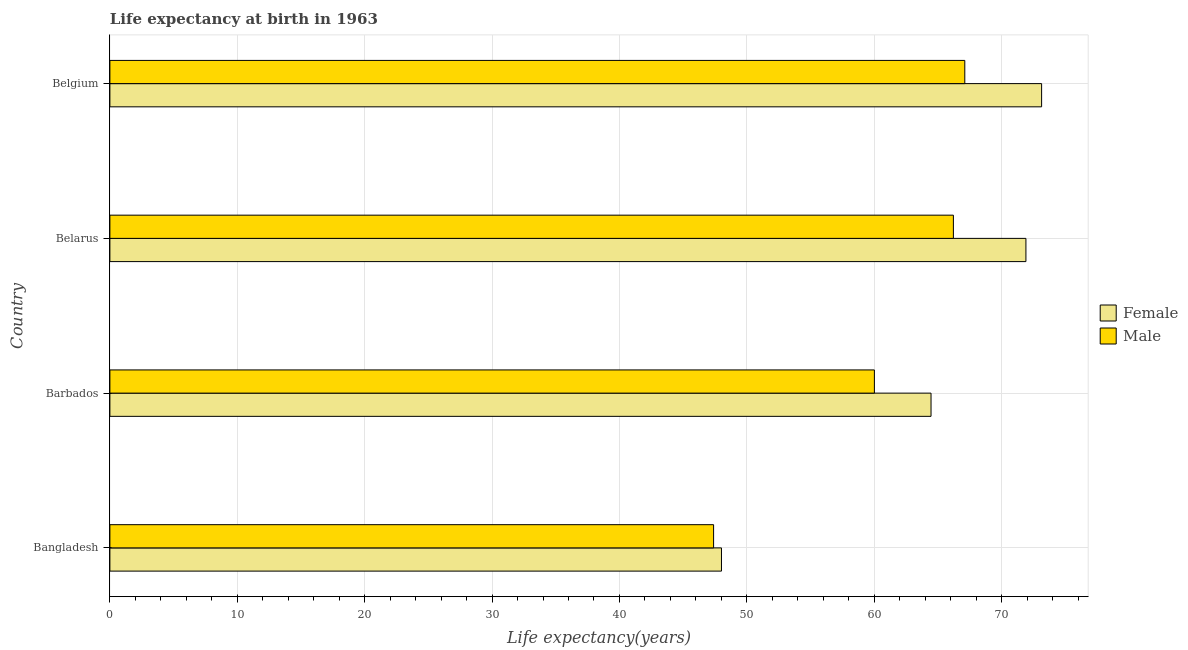
| Country | Female | Male |
 | --- | --- | --- |
 | Bangladesh | 48 | 47.4 |
 | Barbados | 64.5 | 60 |
 | Belarus | 71.9 | 66.2 |
 | Belgium | 73.1 | 67.1 |